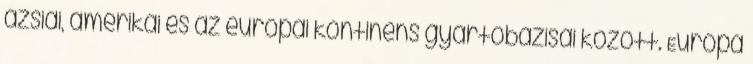
ázsiai, amerikai és az európai kontinens gyártóbázisai között. Európa